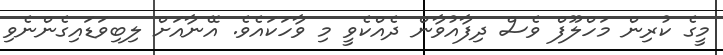
މީގެ ކުރިން މަހްލޫފް ވެސް ދިފާއުވާން ދެއްކެވީ މި ވާހަކައެވެ. އޭނާއަށް ލިބިވަޑައިގެންނެވި